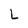
Character: L